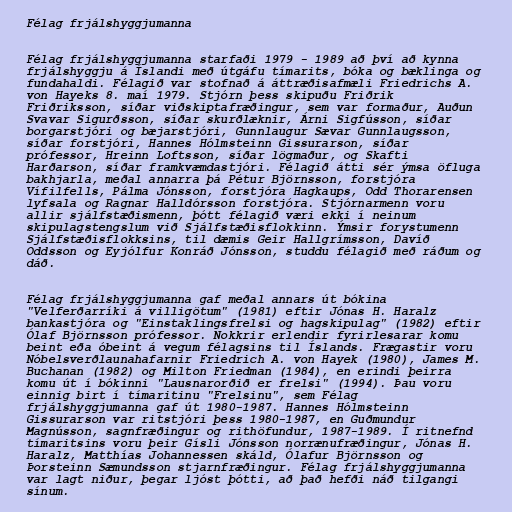
Félag frjálshyggjumanna

Félag frjálshyggjumanna starfaði 1979 - 1989 að því að kynna
frjálshyggju á Íslandi með útgáfu tímarits, bóka og bæklinga og
fundahaldi. Félagið var stofnað á áttræðisafmæli Friedrichs A.
von Hayeks 8. maí 1979. Stjórn þess skipuðu Friðrik
Friðriksson, síðar viðskiptafræðingur, sem var formaður, Auðun
Svavar Sigurðsson, síðar skurðlæknir, Árni Sigfússon, síðar
borgarstjóri og bæjarstjóri, Gunnlaugur Sævar Gunnlaugsson,
síðar forstjóri, Hannes Hólmsteinn Gissurarson, síðar
prófessor, Hreinn Loftsson, síðar lögmaður, og Skafti
Harðarson, síðar framkvæmdastjóri. Félagið átti sér ýmsa öfluga
bakhjarla, meðal annarra þá Pétur Björnsson, forstjóra
Vífilfells, Pálma Jónsson, forstjóra Hagkaups, Odd Thorarensen
lyfsala og Ragnar Halldórsson forstjóra. Stjórnarmenn voru
allir sjálfstæðismenn, þótt félagið væri ekki í neinum
skipulagstengslum við Sjálfstæðisflokkinn. Ýmsir forystumenn
Sjálfstæðisflokksins, til dæmis Geir Hallgrímsson, Davíð
Oddsson og Eyjólfur Konráð Jónsson, studdu félagið með ráðum og
dáð.

Félag frjálshyggjumanna gaf meðal annars út bókina
"Velferðarríki á villigötum" (1981) eftir Jónas H. Haralz
bankastjóra og "Einstaklingsfrelsi og hagskipulag" (1982) eftir
Ólaf Björnsson prófessor. Nokkrir erlendir fyrirlesarar komu
beint eða óbeint á vegum félagsins til Íslands. Frægastir voru
Nóbelsverðlaunahafarnir Friedrich A. von Hayek (1980), James M.
Buchanan (1982) og Milton Friedman (1984), en erindi þeirra
komu út í bókinni "Lausnarorðið er frelsi" (1994). Þau voru
einnig birt í tímaritinu "Frelsinu", sem Félag
frjálshyggjumanna gaf út 1980-1987. Hannes Hólmsteinn
Gissurarson var ritstjóri þess 1980-1987, en Guðmundur
Magnússon, sagnfræðingur og rithöfundur, 1987-1989. Í ritnefnd
tímaritsins voru þeir Gísli Jónsson norrænufræðingur, Jónas H.
Haralz, Matthías Johannessen skáld, Ólafur Björnsson og
Þorsteinn Sæmundsson stjarnfræðingur. Félag frjálshyggjumanna
var lagt niður, þegar ljóst þótti, að það hefði náð tilgangi
sínum.